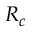
R _ { c }